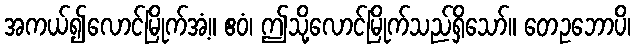
အကယ်၍လောင်မြိုက်အံ့။ ဧဝံ၊ ဤသို့လောင်မြိုက်သည်ရှိသော်။ တေဥဘောပိ၊